Indian journal of veterinary science and animal husbandry - Volume 7,
Year: 1937
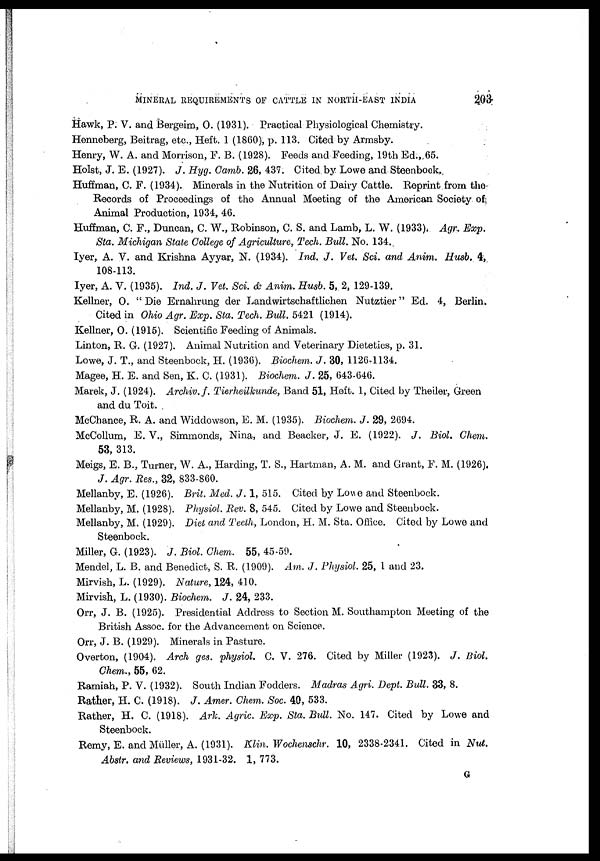
MINERAL REQUIREMENTS OF CATTLE IN NORTH-EAST INDIA
203
Hawk, P. V. and Bergeim, O. (1931). Practical Physiological Chemistry.
Henneberg, Beitrag, etc., Heft. 1 (1860), p. 113. Cited by Armsby.
Henry, W. A. and Morrison, F. B. (1928). Feeds and Feeding, 19th Ed., 65.
Holst, J. E. (1927). J. Hyg. Camb. 26, 437. Cited by Lowe and Steenbock.
Huffman, C. F. (1934). Minerals in the Nutrition of Dairy Cattle. Reprint from the
Records of Proceedings of the Annual Meeting of the American Society of
Animal Production, 1934, 46.
Huffman, C. F., Duncan, C. W., Robinson, C. S. and Lamb, L. W. (1933). Agr. Exp.
Sta. Michigan State College of Agriculture, Tech. Bull. No. 134.
Iyer, A. V. and Krishna Ayyar, N. (1934). Ind. J. Vet. Sci. and Anim. Husb. 4,
108-113.
Iyer, A. V. (1935). Ind. J. Vet. Sci. & Anim. Husb. 5, 2, 129-139.
Kellner, O. " Die Ernahrung der Landwirtschaftlichen Nutztier" Ed. 4, Berlin.
Cited in Ohio Agr. Exp. Sta. Tech. Bull. 5421 (1914).
Kellner, O. (1915). Scientific Feeding of Animals.
Linton, R. G. (1927). Animal Nutrition and Veterinary Dietetics, p. 31.
Lowe, J. T., and Steenbock, H. (1936). Biochem. J. 30, 1126-1134.
Magee, H. E. and Sen, K. C. (1931). Biochem. J. 25, 643-646.
Marek, J. (1924). Archiv.f. Tierheilkunde, Band 51, Heft. 1, Cited by Theiler, Green
and du Toit.
McChance, R. A. and Widdowson, E. M. (1935). Biochem. J. 29, 2694.
McCollum, E. V., Simmonds, Nina, and Beacker, J. E. (1922). J. Biol. Chem.
53, 313.
Meigs, E. B., Turner, W. A., Harding, T. S., Hartman, A. M. and Grant, F. M. (1926).
J. Agr. Res., 32, 833-860.
Mellanby, E. (1926). Brit. Med. J. 1, 515. Cited by Lowe and Steenbock.
Mellanby, M. (1928). Physiol. Rev. 8, 545. Cited by Lowe and Steenbock.
Mellanby, M. (1929). Diet and Teeth, London, H. M. Sta. Office. Cited by Lowe and
Steenbock.
Miller, G. (1923). J. Biol. Chem. 55, 45-59.
Mendel, L. B. and Benedict, S. R. (1909). Am. J. Physiol. 25, 1 and 23.
Mirvish, L. (1929). Nature, 124, 410.
Mirvish, L. (1930). Biochem. J. 24, 233.
Orr, J. B. (1925). Presidential Address to Section M. Southampton Meeting of the
British Assoc. for the Advancement on Science.
Orr, J. B. (1929). Minerals in Pasture.
Overton, (1904). Arch ges. physiol. C. V. 276. Cited by Miller (1923). J. Biol.
Chem., 55, 62.
Ramiah, P. V. (1932). South Indian Fodders. Madras Agri. Dept. Bull. 33, 8.
Rather, H. C. (1918). J. Amer. Chem. Soc. 40, 533.
Rather, H. C. (1918). Ark. Agric. Exp. Sta. Bull. No. 147. Cited by Lowe and
Steenbock.
Remy, E. and Müller, A. (1931). Klin. Wochenschr. 10, 2338-2341. Cited in Nut.
Abstr. and Reviews, 1931-32. 1, 773.
G